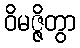
ဝိမဇ္ဇိတွာ